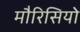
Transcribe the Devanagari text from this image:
मौरिसियो